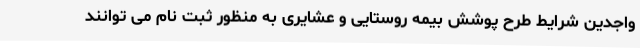
واجدین شرایط طرح پوشش بیمه روستایی و عشایری به منظور ثبت نام می توانند